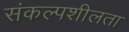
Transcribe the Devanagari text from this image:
संकल्पशीलता